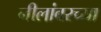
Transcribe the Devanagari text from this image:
नीलांबरच्या